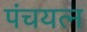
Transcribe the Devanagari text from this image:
पंचयत्‍न